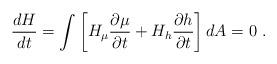
LaTeX: \begin{align*}\frac{dH}{dt}= \int \left[ H_{\mu} \frac{\partial \mu}{\partial t} + H_h \frac{\partial h}{\partial t} \right] dA =0 ~.\end{align*}